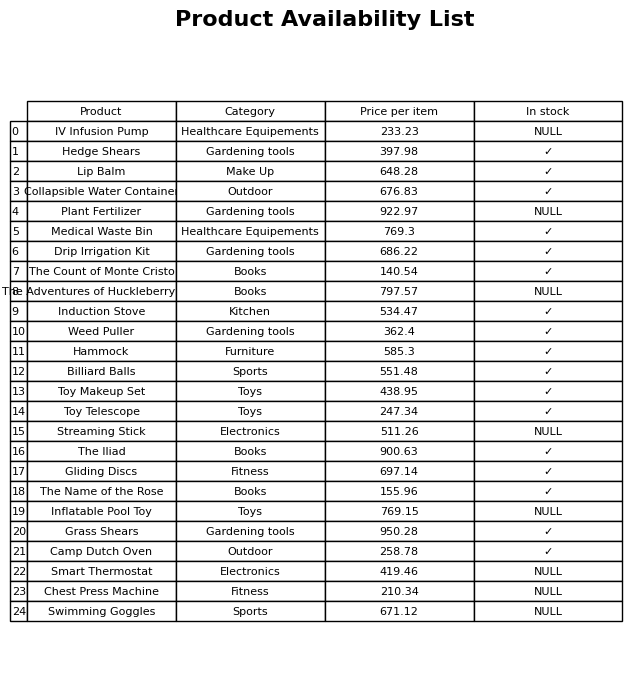
question: What is the price of the Gliding Discs?
answer: The price of Gliding Discs is 697.14.